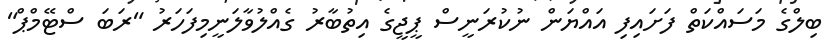
ބިލްގެ މަސައްކަތް ފަށައިފި އައްޔަން ނުކުރަނީސް ޕީޖީގެ އިތުބާރު ގެއްލުވާލަނީމިފަހަރު "ރަބަ ސްޓޭމްޕް"